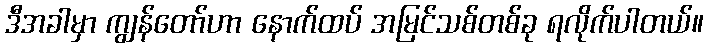
ဒီအခါမှာ ကျွန်တော်ဟာ နောက်ထပ် အမြင်သစ်တစ်ခု ရလိုက်ပါတယ်။